Destruction of fleas by exposure to the sun - Number 40
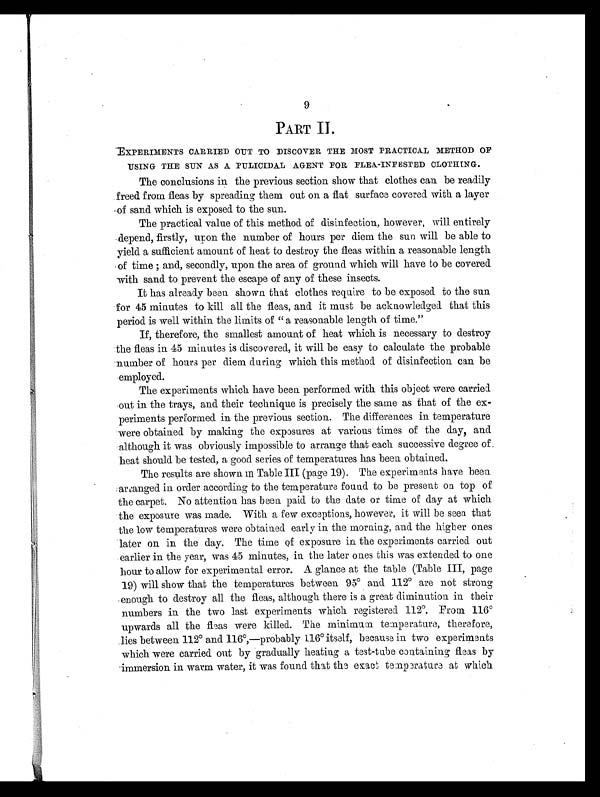
9
PART II
EXPERIMENTS CARRIED OUT TO DISCOVER THE MOST PRACTICAL METHOD OF
USING THE SUN AS A. PULICIDAL AGENT FOR FLEA-INFESTED CLOTHING.
The conclusions in the previous section show that clothes can be readily
freed from fleas by spreading them out on a flat surface covered with a layer
of sand which is exposed to the sun.
The practical value of this method of disinfection, however, will entirely
depend, firstly, upon the number of hours per diem the sun will be able to
yield a sufficient amount of heat to destroy the fleas within a reasonable length
of time; and, secondly, upon the area of ground which will have to be covered
with sand to prevent the escape of any of these insects.
It has already been shown that clothes require to be exposed to the sun
-for 45 minutes to kill all the fleas, and it must be acknowledged that this
period is well within the limits of " a reasonable length of time."
If, therefore, the smallest amount of heat which is necessary to destroy
the fleas in 45 minutes is discovered, it will be easy to calculate the probable
number of hours per diem during which this method of disinfection can be
employed.
The experiments which have been performed with this object were carried
out in the trays, and their technique is precisely the same as that of the ex-
periments performed in the previous section. The differences in temperature
were obtained by making the exposures at various times of the day, and
although it was obviously impossible to arrange that each successive degree of
heat should be tested, a good series of temperatures has been obtained,
The results are shown in Table III (page 19). The experiments have been
arranged in order according to the temperature found to be present on top of
the carpet. No attention has been paid to the date or time of day at which
the exposure was made. With a few exceptions, however, it will be seen that
the low temperatures were obtained early in the morning, and the higher ones
later on in the day. The time of exposure in the experiments carried out
earlier in the year, was 45 minutes, in. the later ones this was extended to one
hour to allow for experimental error. A glance at the table (Table III, page
19) will show that the temperatures between 95° and 112° are not strong
enough to destroy all the fleas, although there is a great diminution in their
numbers in the two last experiments which registered 112°. From 116°u
pwards all the fleas were killed. The minimum. temperature, therefore,
lies between 112° and 116°,—probably 116° itself, because in two experiments
which were carried out by gradually heating a test-tube containing fleas by
immersion in warm water, it was found that the exact temperature at which